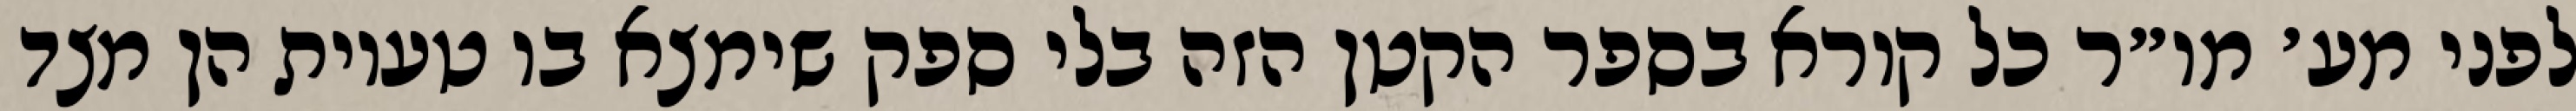
לפני מע׳ מו״ר כל קורא בספר הקטן הזה בלי ספק שימצא בו טעיות הן מצד